Lunatic asylums in Bengal annual reports 1912-1924 - 1912-1924
Year: 1912
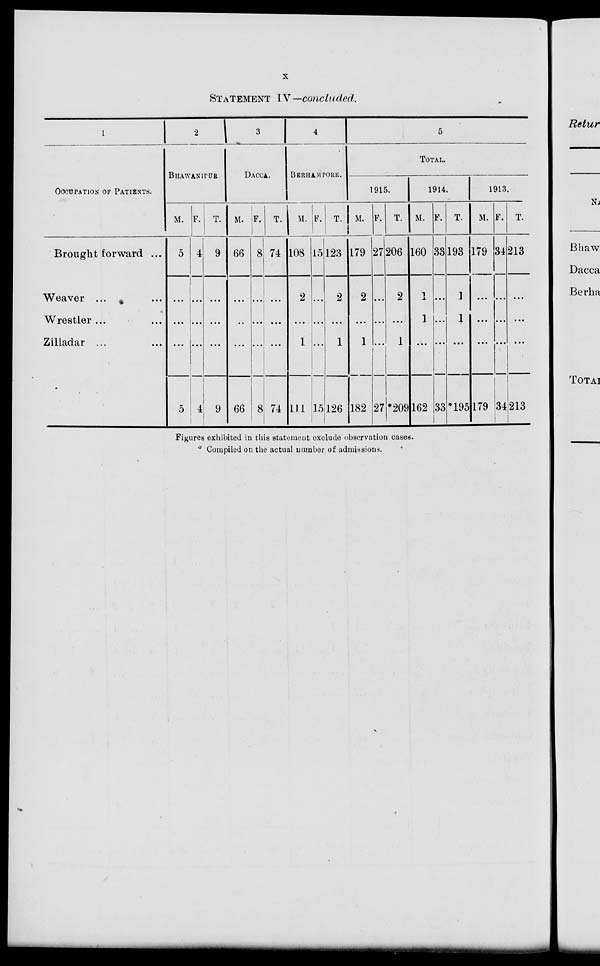
x
STATEMENT IV —concluded.
1
OCCUPATION OF PATIENTS.
Brought forward ...
Weaver ... ...
Wrestler ... ...
Zilladar ... ...
2
BHAWANIPUR
M.
5
...
...
...
5
F.
4
...
...
...
4
T.
9
...
...
...
9
3
DACCA.
M.
66
...
...
...
66
F.
8
...
...
...
8
T.
74
...
...
...
74
4
BERHAMPORE.
M.
108
2
...
1
111
F.
15
...
...
...
15
T.
123
2
...
1
126
5
TOTAL.
1915.
M.
179
2
...
1
182
F.
27
...
...
...
27
T.
206
2
...
1
*209
1914.
M.
160
1
1
...
162
F.
33
...
...
...
33
T.
193
1
1
...
*195
1913.
M.
179
...
...
...
179
F.
34
...
...
...
34
T.
213
...
...
...
213
Figures exhibited in this statement exclude observation cases.
Compiled on the actual number of admissions.